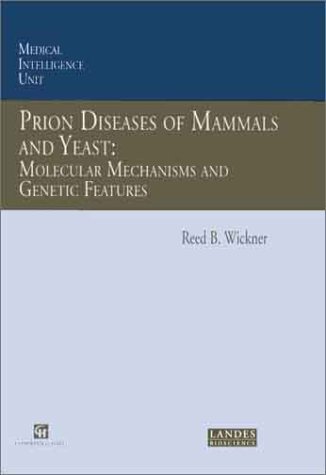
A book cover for Prion Diseases of Mammals and Yeast: Molecular Mechanisms and Genetic Features (Medical Intelligence Unit); Reed B. Wickner; Medical Books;